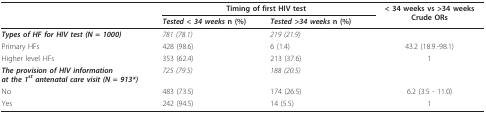
|  | <COLSPAN=2> Timing of first HIV test | < 34 weeks vs >34 weeksCrude ORs |
 |  | Tested < 34 weeks n (%) | Tested >34 weeks n (%) |  |
 | --- | --- | --- | --- |
 | Types of HF for HIV test (N = 1000) | 781 (78.1) | 219 (21.9) |  |
 | Primary HFs | 428 (98.6) | 6 (1.4) | 43.2 (18.9.-98.1) |
 | Higher level HFs | 353 (62.4) | 213 (37.6) | 1 |
 | The provision of HIV informationat the 1st antenatal care visit (N = 913*) | 725 (79.5) | 188 (20.5) |  |
 | No | 483 (73.5) | 174 (26.5) | 6.2 (3.5 - 11.0) |
 | Yes | 242 (94.5) | 14 (5.5) | 1 |